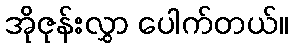
အိုဇုန်းလွှာ ပေါက်တယ်။